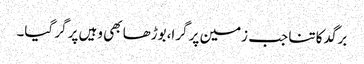
برگد کا تنا جب زمین پر گرا،بوڑھا بھی وہیں پر گر گیا۔